Indian journal of veterinary science and animal husbandry - Volume 11,
Year: 1941
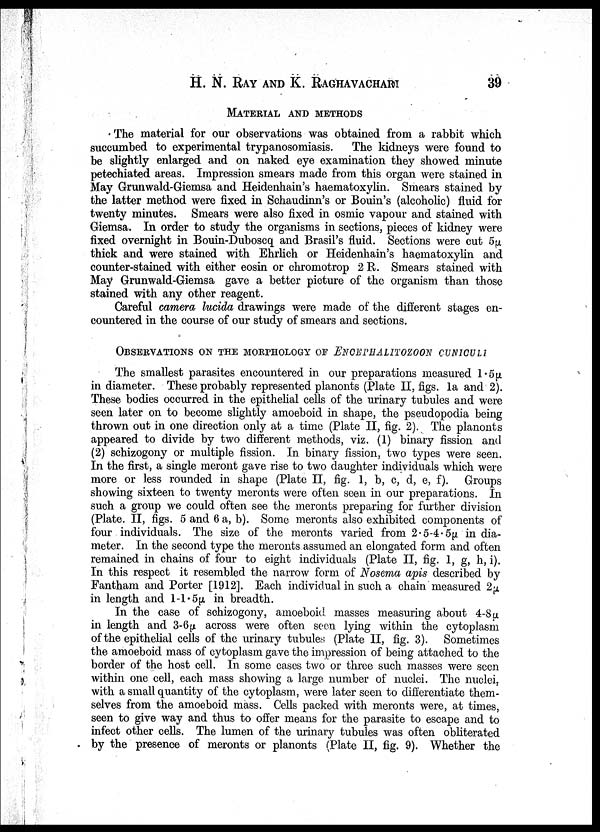
H. N. RAY AND K.
RAGHAVACHARI
39
MATERIAL AND METHODS
The material for our observations was obtained from a rabbit which
succumbed to experimental trypanosomiasis.
The kidneys were found to
be slightly enlarged and on naked eye examination they showed minute
petechiated areas. Impression smears made from this organ were stained in
May Grunwald-Giemsa and Heidenhain's haematoxylin. Smears stained by
the latter method were fixed in Schaudinn's or Bouin's (alcoholic) fluid for
twenty minutes. Smears were also fixed in osmic vapour and stained with
Giemsa. In order to study the organisms in sections, pieces of kidney were
fixed overnight in Bouin-Duboscq and Brasil's fluid. Sections were cut 5µ
thick and were stained with Ehrlich or Heidenhain's haematoxylin and
counter-stained with either eosin or chromotrop 2 R. Smears stained with
May Grunwald-Giemsa gave a better picture of the organism than those
stained with any other reagent.
Careful camera lucida drawings were made of the different stages en-
countered in the course of our study of smears and sections.
OBSERVATIONS ON THE MORPHOLOGY OF ENCEPHALITOZOON CUNICULI
The smallest parasites encountered in our preparations measured 1.5µ
in diameter. These probably represented planonts (Plate II, figs. 1a and 2).
These bodies occurred in the epithelial cells of the urinary tubules and were
seen later on to become slightly amoeboid in shape, the pseudopodia being
thrown out in one direction only at a time (Plate II, fig. 2). The planonts
appeared to divide by two different methods, viz. (1) binary fission and
(2) schizogony or multiple fission. In binary fission, two types were seen.
In the first, a single meront gave rise to two daughter individuals which were
more or less rounded in shape (Plate II, fig. 1, b, c, d, e, f). Groups
showing sixteen to twenty meronts were often seen in our preparations. In
such a group we could often see the meronts preparing for further division
(Plate. II, figs. 5 and 6 a, b). Some meronts also exhibited components of
four individuals. The size of the meronts varied from 2.5-4.5µ in dia-
meter. In the second type the meronts assumed an elongated form and often
remained in chains of four to eight individuals (Plate II, fig. 1, g, h, i).
In this respect it resembled the narrow form of Nosema apis described by
Fantham and Porter [1912]. Each individual in such a chain measured 2µ
in length and 1-1.5µ in breadth.
In the case of schizogony, amoeboid masses measuring about 4-8µ
in length and 3-6µ across were often seen lying within the cytoplasm
of the epithelial cells of the urinary tubules (Plate II, fig. 3). Sometimes
the amoeboid mass of cytoplasm gave the impression of being attached to the
border of the host cell. In some cases two or three such masses were seen
within one cell, each mass showing a large number of nuclei. The nuclei,
with a small quantity of the cytoplasm, were later seen to differentiate them-
selves from the amoeboid mass. Cells packed with meronts were, at times,
seen to give way and thus to offer means for the parasite to escape and to
infect other cells. The lumen of the urinary tubules was often obliterated
by the presence of meronts or planonts (Plate II, fig. 9). Whether the